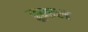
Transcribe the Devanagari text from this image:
ब्रुन्डल